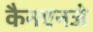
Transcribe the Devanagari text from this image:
कैनएनजे